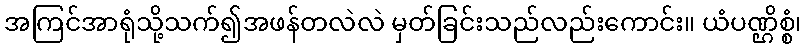
အကြင်အာရုံသို့သက်၍အဖန်တလဲလဲ မှတ်ခြင်းသည်လည်းကောင်း။ ယံပဏ္ဌိစ္စံ၊